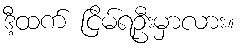
ဒီ့ထက် ငြိမ်ရဦးမှာလား။